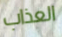
العذاب